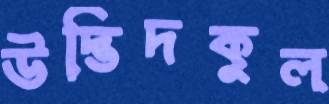
উদ্ভিদকুল